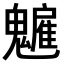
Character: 𩴡